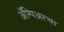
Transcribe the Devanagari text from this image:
ॲम्पिअरचा